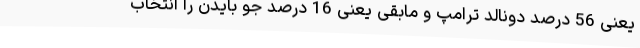
یعنی 56 درصد دونالد ترامپ و مابقی یعنی 16 درصد جو بایدن را انتخاب